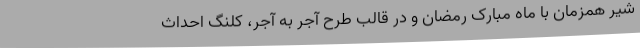
شیر همزمان با ماه مبارک رمضان و در قالب طرح آجر به آجر، کلنگ احداث